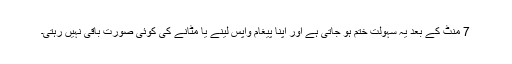
7 منٹ کے بعد یہ سہولت ختم ہو جاتی ہے اور اپنا پیغام واپس لینے یا مٹانے کی کوئی صورت باقی نہیں رہتی۔